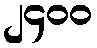
၂၄၀၀